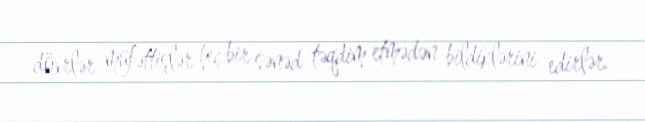
dövrlər müfəttişlər heç bir sənəd təqdim etmədən bildiklərini edirlər.